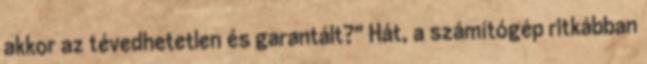
akkor az tévedhetetlen és garantált?" Hát, a számítógép ritkábban